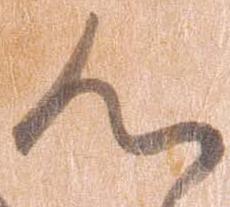
心